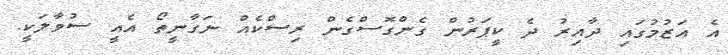
އެ އަޒުމުގައި ދާއިރު ދެ ކީޕަރުން ގެންގޮސްގެން ރިސްކެއް ނަގާނީތޯ އެއީ ސުވާލަކީ.